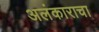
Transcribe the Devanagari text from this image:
अलंकाराचा